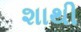
શાથી